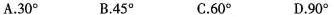
A.30° B.45° C.60° D.90°